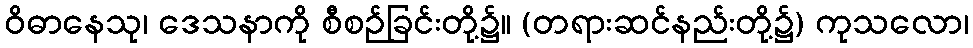
ဝိဓာနေသု၊ ဒေသနာကို စီစဉ်ခြင်းတို့၌။ (တရားဆင်နည်းတို့၌) ကုသလော၊